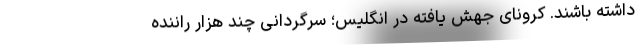
داشته باشند. کرونای جهش یافته در انگلیس؛ سرگردانی چند هزار راننده